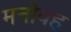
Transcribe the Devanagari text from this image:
मनोवह